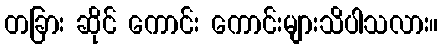
တခြား ဆိုင် ကောင်း ကောင်းများသိပါသလား။